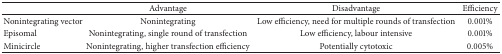
<table><thead><tr><td>[EMPTY_CELL]</td><td><b>Advantage</b></td><td><b>Disadvantage</b></td><td><b>Efficiency</b></td></tr></thead><tbody><tr><td>Nonintegrating vector</td><td>Nonintegrating</td><td>Low efficiency, need for multiple rounds of transfection</td><td>0.001%</td></tr><tr><td>Episomal</td><td>Nonintegrating, single round of transfection</td><td>Low efficiency, labour intensive</td><td>0.001%</td></tr><tr><td>Minicircle</td><td>Nonintegrating, higher transfection efficiency</td><td>Potentially cytotoxic</td><td>0.005%</td></tr></tbody></table>